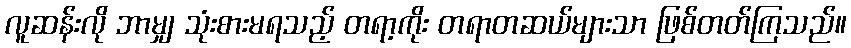
လူဆန်းလို ဘာမျှ သုံးစားမရသည့် တရာ့ကိုး တရာတဆယ်များသာ ဖြစ်တတ်ကြသည်။